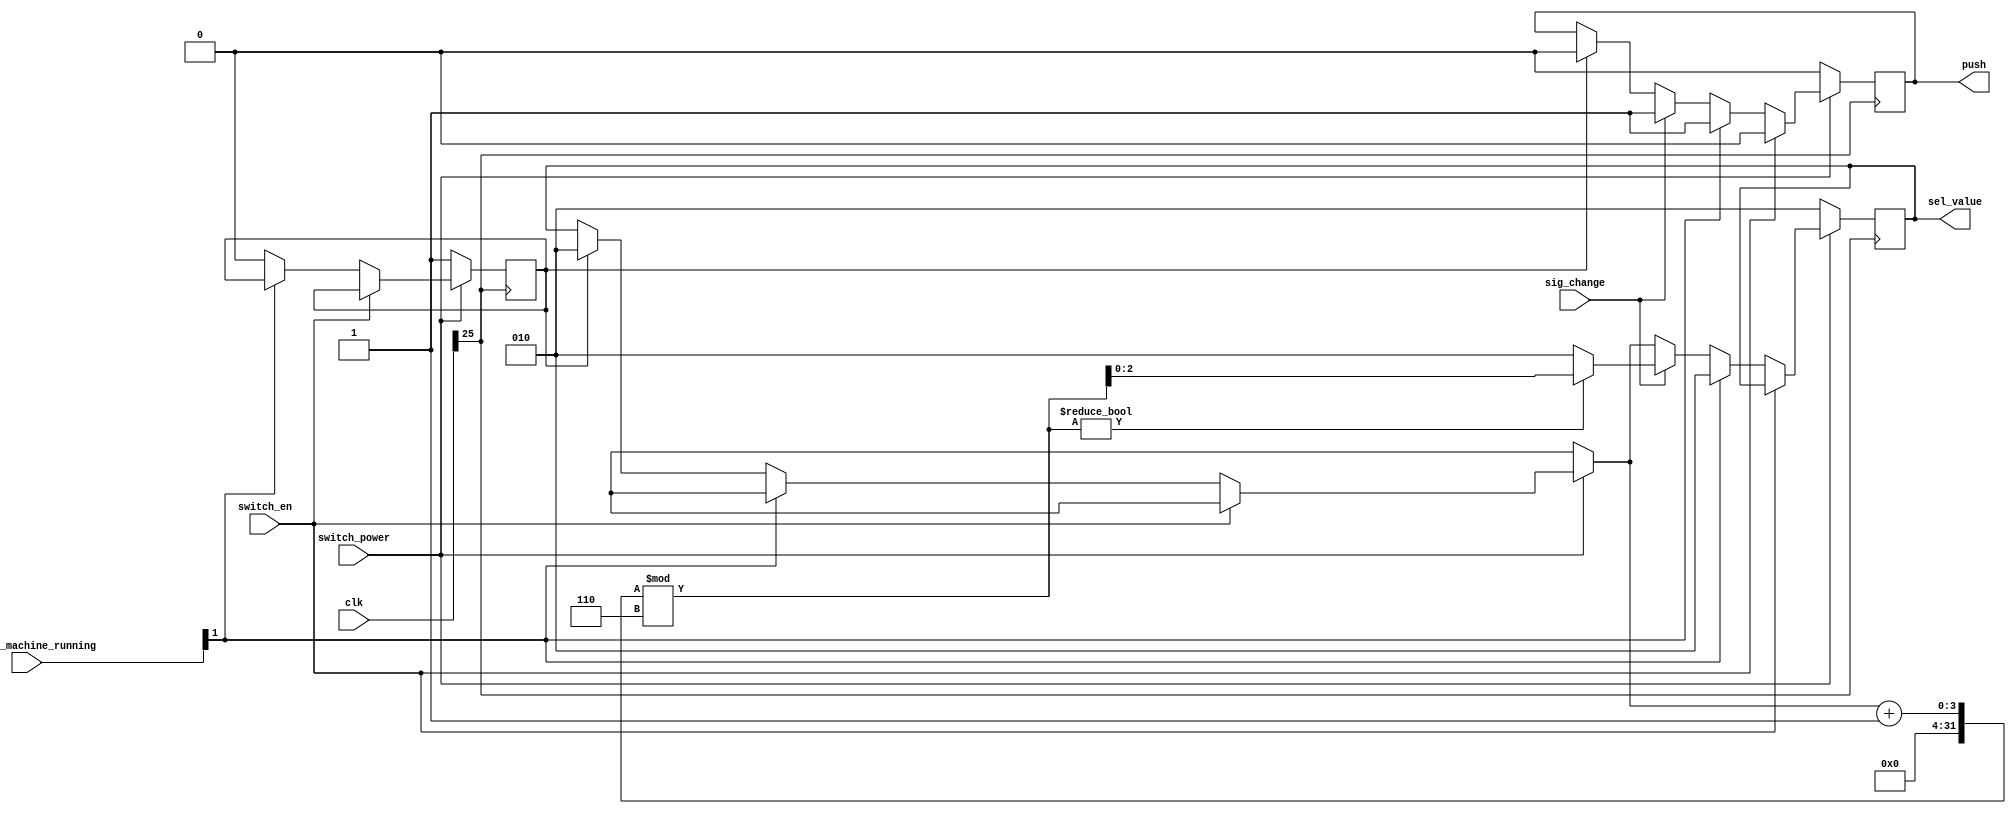
module selector_mode
#(parameter LO = 2, HI = 5, CLK_CH = 25)
(
    input [31:0]clk,
    input switch_power,
    input switch_en,
    input sig_change,
    input [1:0]washing_machine_running,
    output reg push,
    output reg [2:0] sel_value
);

    reg init_flag;
    wire real_clk;

    initial begin
        init_flag <= 1;
        sel_value <= LO;
        push <= 1'b0;
    end

    // change signal change to level change(with clk[CLK_CH] Hz)
    always @(posedge clk[CLK_CH]) begin
        if (switch_power) begin
            // pause
            if (!switch_en) begin   
                // washing finished
                if(washing_machine_running[1]) begin
                    push = 1'b1;
                    sel_value = LO;
                // true pause
                end else begin
                    if(init_flag) begin
                        sel_value = LO;
                        init_flag = 0;
                        push = 1'b0;
                    end
                    // start to change value
                    if (sig_change) begin
                        sel_value = (sel_value + 1) % (HI+1) ? (sel_value + 1) % (HI+1) : LO;
                        push = 1'b1;
                    // otherwise, keep current state
                    end else begin
                        sel_value = sel_value;
                        push = push;
                    end
                end
            // washing running
            end else begin
                push = 1'b0;
                sel_value = sel_value;
            end
        // power off
        end else begin
            init_flag = 1;
            sel_value = LO;
            push = 1'b0;
        end
    end
    
endmodule